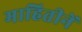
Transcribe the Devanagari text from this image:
माहितीनें